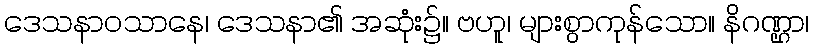
ဒေသနာဝသာနေ၊ ဒေသနာ၏ အဆုံး၌။ ဗဟူ၊ များစွာကုန်သော။ နိဂဏ္ဌာ၊